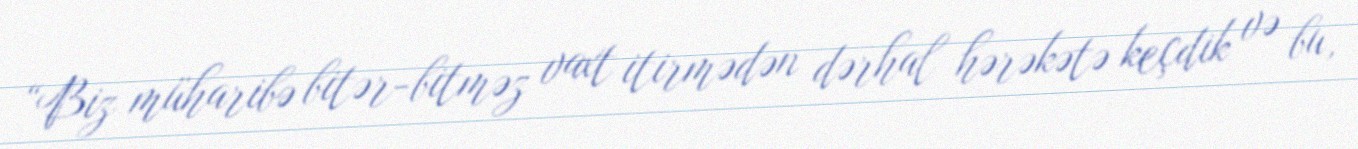
“Biz müharibə bitər-bitməz vaxt itirmədən dərhal hərəkətə keçdik və bu,